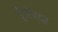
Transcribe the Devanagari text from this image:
डूँगरेन्द्र